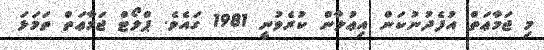
މި ޖަމާޢަތް އުފެދުނުކަން އިޢުލާން ކުރެވުނީ 1981 ގައެވެ. ޕްލޯޓް ޖަމާޢަތް ތަމަޅަ